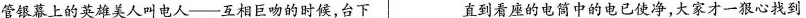
管银幕上的英雄美人叫电人——互相巨吻的时候，台下 直到看座的电筒中的电已使净，大家才一狠心找到